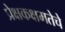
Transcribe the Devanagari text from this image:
प्रेक्षकक्षमतेचे